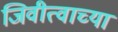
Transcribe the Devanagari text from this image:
जिवीत्वाच्या